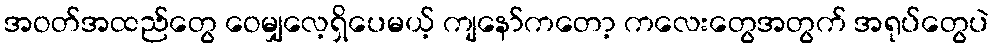
အဝတ်အထည်တွေ ဝေမျှလေ့ရှိပေမယ့် ကျနော်ကတော့ ကလေးတွေအတွက် အရုပ်တွေပဲ